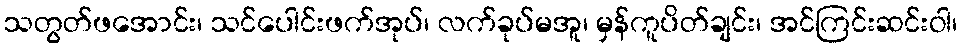
သတွတ်ဖအောင်း၊ သင်ပေါင်းဖက်အုပ်၊ လက်ခုပ်မအူ၊ မှန်ကူပိတ်ချင်း၊ အင်ကြင်းဆင်းဝါ၊